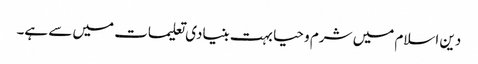
دین اسلام میں شرم و حیا بہت بنیادی تعلیمات میں سے ہے۔